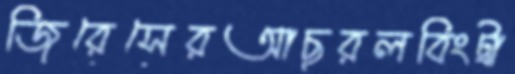
জিরেসেরআছরলবিংট্রা